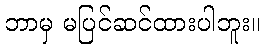
ဘာမှ မပြင်ဆင်ထားပါဘူး။